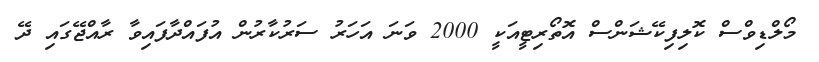
މޯލްޑިވްސް ކޮލިފިކޭޝަންސް އޮތޯރިޓީއަކީ 2000 ވަނަ އަހަރު ސަރުކާރުން އުފައްދާފައިވާ ރާއްޖޭގައި ދޭ